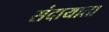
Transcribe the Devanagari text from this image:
संदायाता